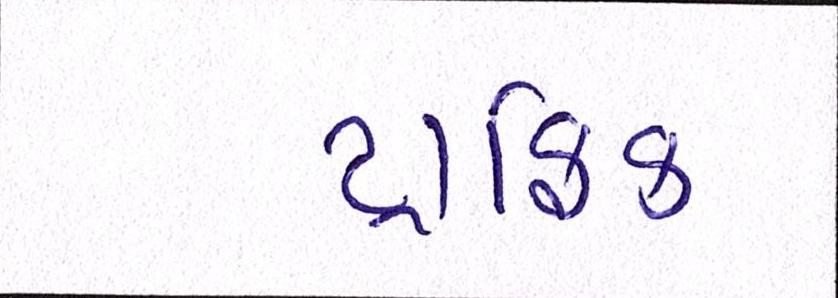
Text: ટ્રાફિક